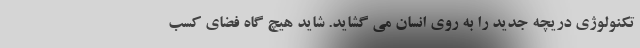
تکنولوژی دریچه جدید را به روی انسان می گشاید. شاید هیچ گاه فضای کسب